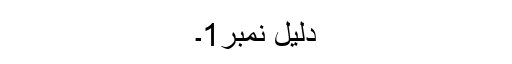
دلیل نمبر1۔